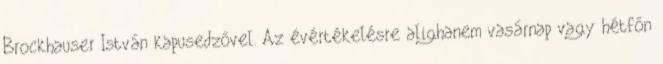
Brockhauser István kapusedzővel. Az évértékelésre alighanem vasárnap vagy hétfőn